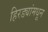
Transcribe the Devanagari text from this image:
हिरड्यांमधून